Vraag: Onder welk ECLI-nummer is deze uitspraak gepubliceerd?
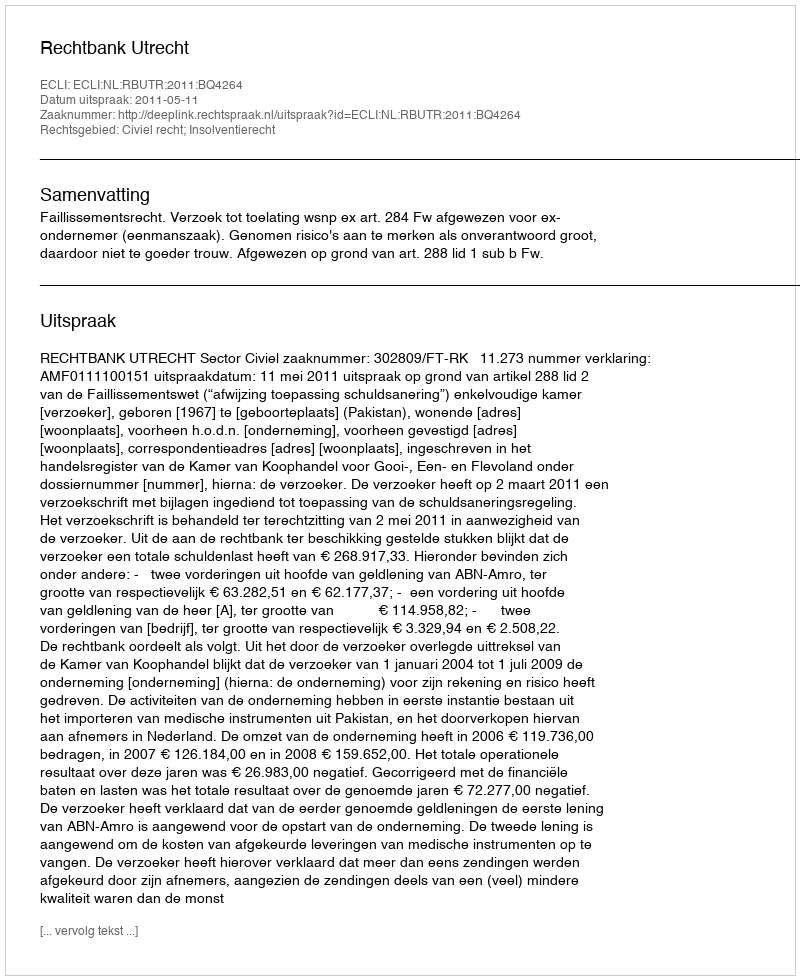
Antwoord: ECLI:NL:RBUTR:2011:BQ4264